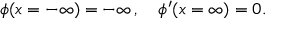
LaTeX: \phi ( x = - \infty ) = - \infty \, , \quad \phi ^ { \prime } ( x = \infty ) = 0 .